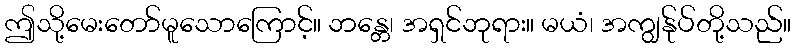
ဤသို့မေးတော်မူသောကြောင့်။ ဘန္တေ၊ အရှင်ဘုရား။ မယံ၊ အကျွန်ုပ်တို့သည်။